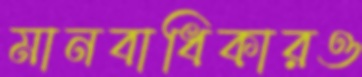
মানবাধিকারও